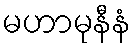
မဟာမုနီနံ